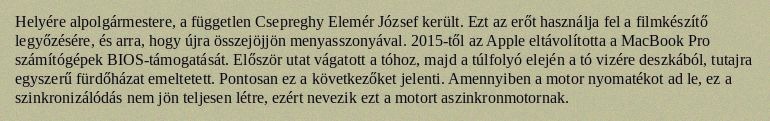
Helyére alpolgármestere, a független Csepreghy Elemér József került. Ezt az erőt használja fel a filmkészítő legyőzésére, és arra, hogy újra összejöjjön menyasszonyával. 2015-től az Apple eltávolította a MacBook Pro számítógépek BIOS-támogatását. Először utat vágatott a tóhoz, majd a túlfolyó elején a tó vizére deszkából, tutajra egyszerű fürdőházat emeltetett. Pontosan ez a következőket jelenti. Amennyiben a motor nyomatékot ad le, ez a szinkronizálódás nem jön teljesen létre, ezért nevezik ezt a motort aszinkronmotornak.